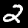
Label: 2